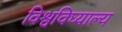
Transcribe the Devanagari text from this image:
विश्वविघ्याल्य